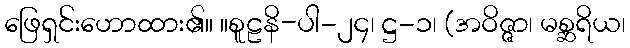
ဖြေရှင်းဟောထား၏။ ။စူဠနိ-ပါ-၂၄၊ ဋ္ဌ-၁၊ (အဝိဇ္ဇာ၊ မစ္ဆရိယ၊